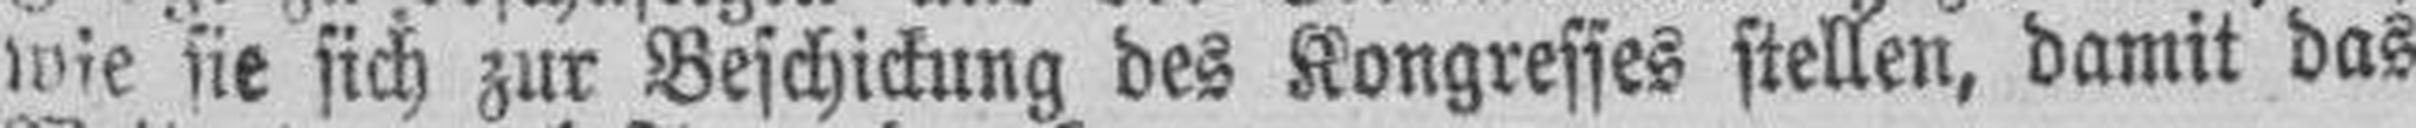
wie sie sich zur Beschickung des Kongresses stellen, damit das